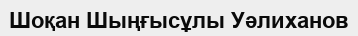
Шоқан Шыңғысұлы Уәлиханов